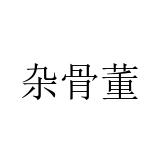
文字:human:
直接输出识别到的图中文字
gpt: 杂骨董